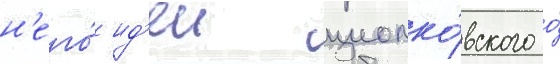
н'его́ ид'еи циолко́вского о́